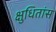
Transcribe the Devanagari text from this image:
क्षुधितांस